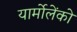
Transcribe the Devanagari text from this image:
यार्मोलेंको